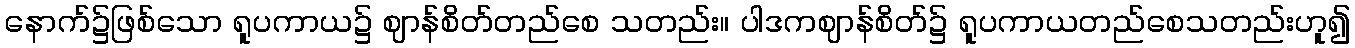
နောက်၌ဖြစ်သော ရူပကာယ၌ ဈာန်စိတ်တည်စေ သတည်း။ ပါဒကဈာန်စိတ်၌ ရူပကာယတည်စေသတည်းဟူ၍